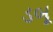
ડબૂ